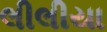
લીલીયા